Leaving Certificate Examination, 1903
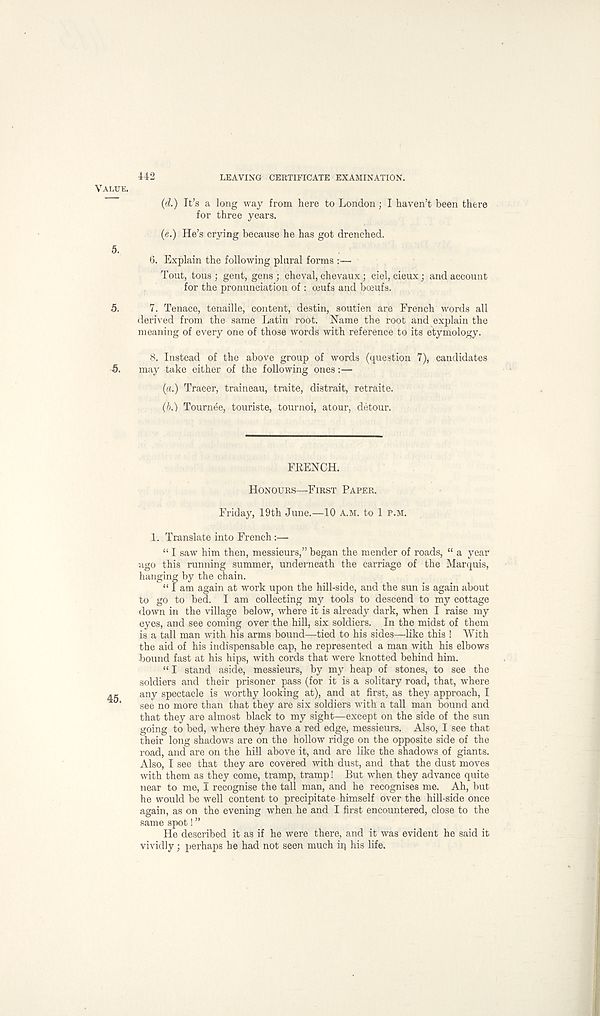
442
LEAVING CERTIFICATE EXAMINATION.
VALUE.
(d.) It’s a long way from here to London; I haven’t been there
for three years.
(e.) He’s crying because he has got drenched.
5.
6. Explain the following plural forms :—
Tout, tous ; gent, gens ; cheval, chevaux; ciel, cieux; and account
for the pronunciation of : ceufs and boeufs.
5.
7. Tenace, tenaille, content, destin, soutien are French words all
derived from the same Latin root. Name the root and explain the
meaning of every one of those words with reference to its etymology.
8. Instead of the above group of words (question 7), candidates
5.
may take either of the following ones:—
(a.) Tracer, traineau, traite, distrait, retraite.
(b.) Tournee, touriste, tournoi, atour, detour.
FKENCH.
HONOURS—FIRST PAPER.
Friday, 19th June.—10 A.M. to 1 P.M.
1. Translate into French:—
“ I saw him then, messieurs,” began the mender of roads, “ a year
ago this running summer, underneath the carriage of the Marquis,
hanging by the chain.
“ I am again at work upon the hill-side, and the sun is again about
to go to bed. I am collecting my tools to descend to my cottage
down in the village below, where it is already dark, when I raise my
eyes, and see coming over the hill, six soldiers. In the midst of them
is a tall man with his arms bound—tied to his sides—like this ! With
the aid of his indispensable cap, he represented a man with his elbows
bound fast at his hips, with cords that were knotted behind him.
“ I stand aside, messieurs, by my heap of stones, to see the
soldiers and their prisoner pass (for it is a solitary road, that, where
any spectacle is worthy looking at), and at first, as they approach, I
see no more than that they are six soldiers with a tall man bound and
that they are almost black to my sight—except on the side of the sun
going to bed, where they have a red edge, messieurs. Also, I see that
their long shadows are on the hollow ridge on the opposite side of the
road, and are on the hill above it, and are like the shadows of giants.
Also, I see that they are covered with dust, and that the dust moves
with them as they come, tramp, tramp! But when they advance quite
near to me, I recognise the tall man, and he recognises me. Ah, but
he would be well content to precipitate himself over the hill-side once
again, as on the evening when he and I first encountered, close to the
same spot! ”
He described it as if he were there, and it was evident he said it
vividly; perhaps he had not seen much iq his life.